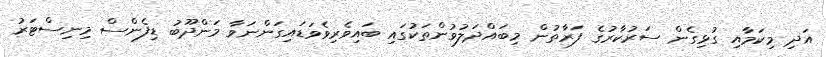
އަދި މިކަމާއި ގުޅިގެން ސަރުކާރުގެ ފަރާތުން މިބައްދަލުވުންތަކުގައި ބައިވެރިވެވަޑައިގަންނަވާ މަންދޫބު ޑިފެންސް މިނިސްޓަރު